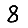
Digit: 8